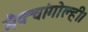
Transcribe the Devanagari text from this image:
मैक्चांगोल्ही।